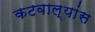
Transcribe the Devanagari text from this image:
कटवाल्यांस